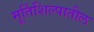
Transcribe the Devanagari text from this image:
मूर्तिशिल्पातील